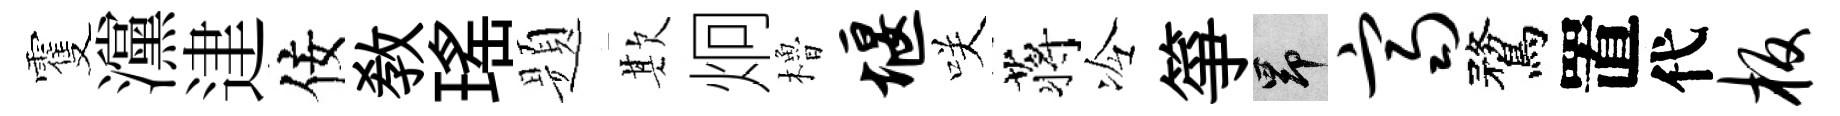
䨥灙䢖佞敎瑤题欺炯櫓堰咲蒋冷箏昂齐鶩置代板